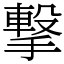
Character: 撃